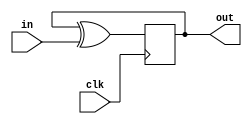
module top_module (
    input clk,
    input in, 
    output out);
    
    always @ (posedge clk)
		out = out ^ in;

endmodule